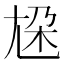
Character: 尮